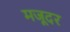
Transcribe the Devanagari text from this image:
मजूदर